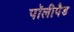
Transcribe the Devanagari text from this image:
पॉलीपैड